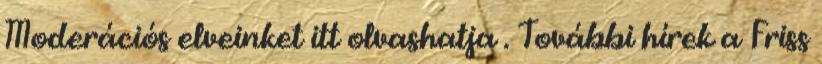
Moderációs elveinket itt olvashatja . További hírek a Friss